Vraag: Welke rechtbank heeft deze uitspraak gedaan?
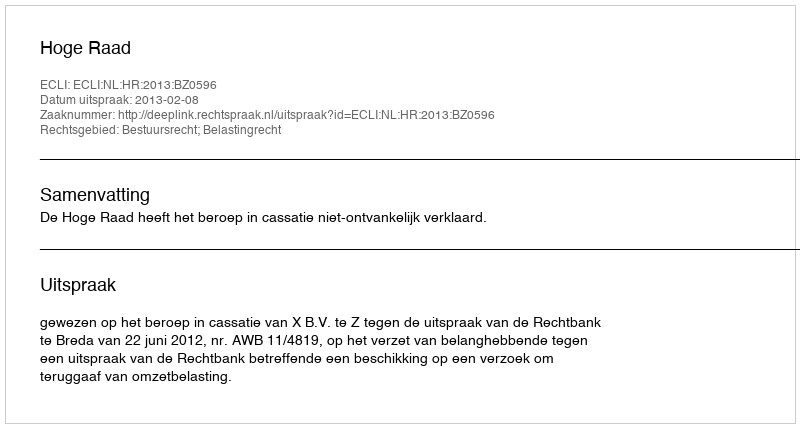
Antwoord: Hoge Raad